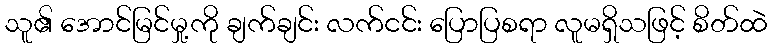
သူ၏ အောင်မြင်မှု့ကို ချက်ချင်း လက်ငင်း ပြောပြစရာ လူမရှိသဖြင့် စိတ်ထဲ